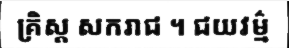
គ្រិស្ត សករាជ ។ ជយវម៌្ម